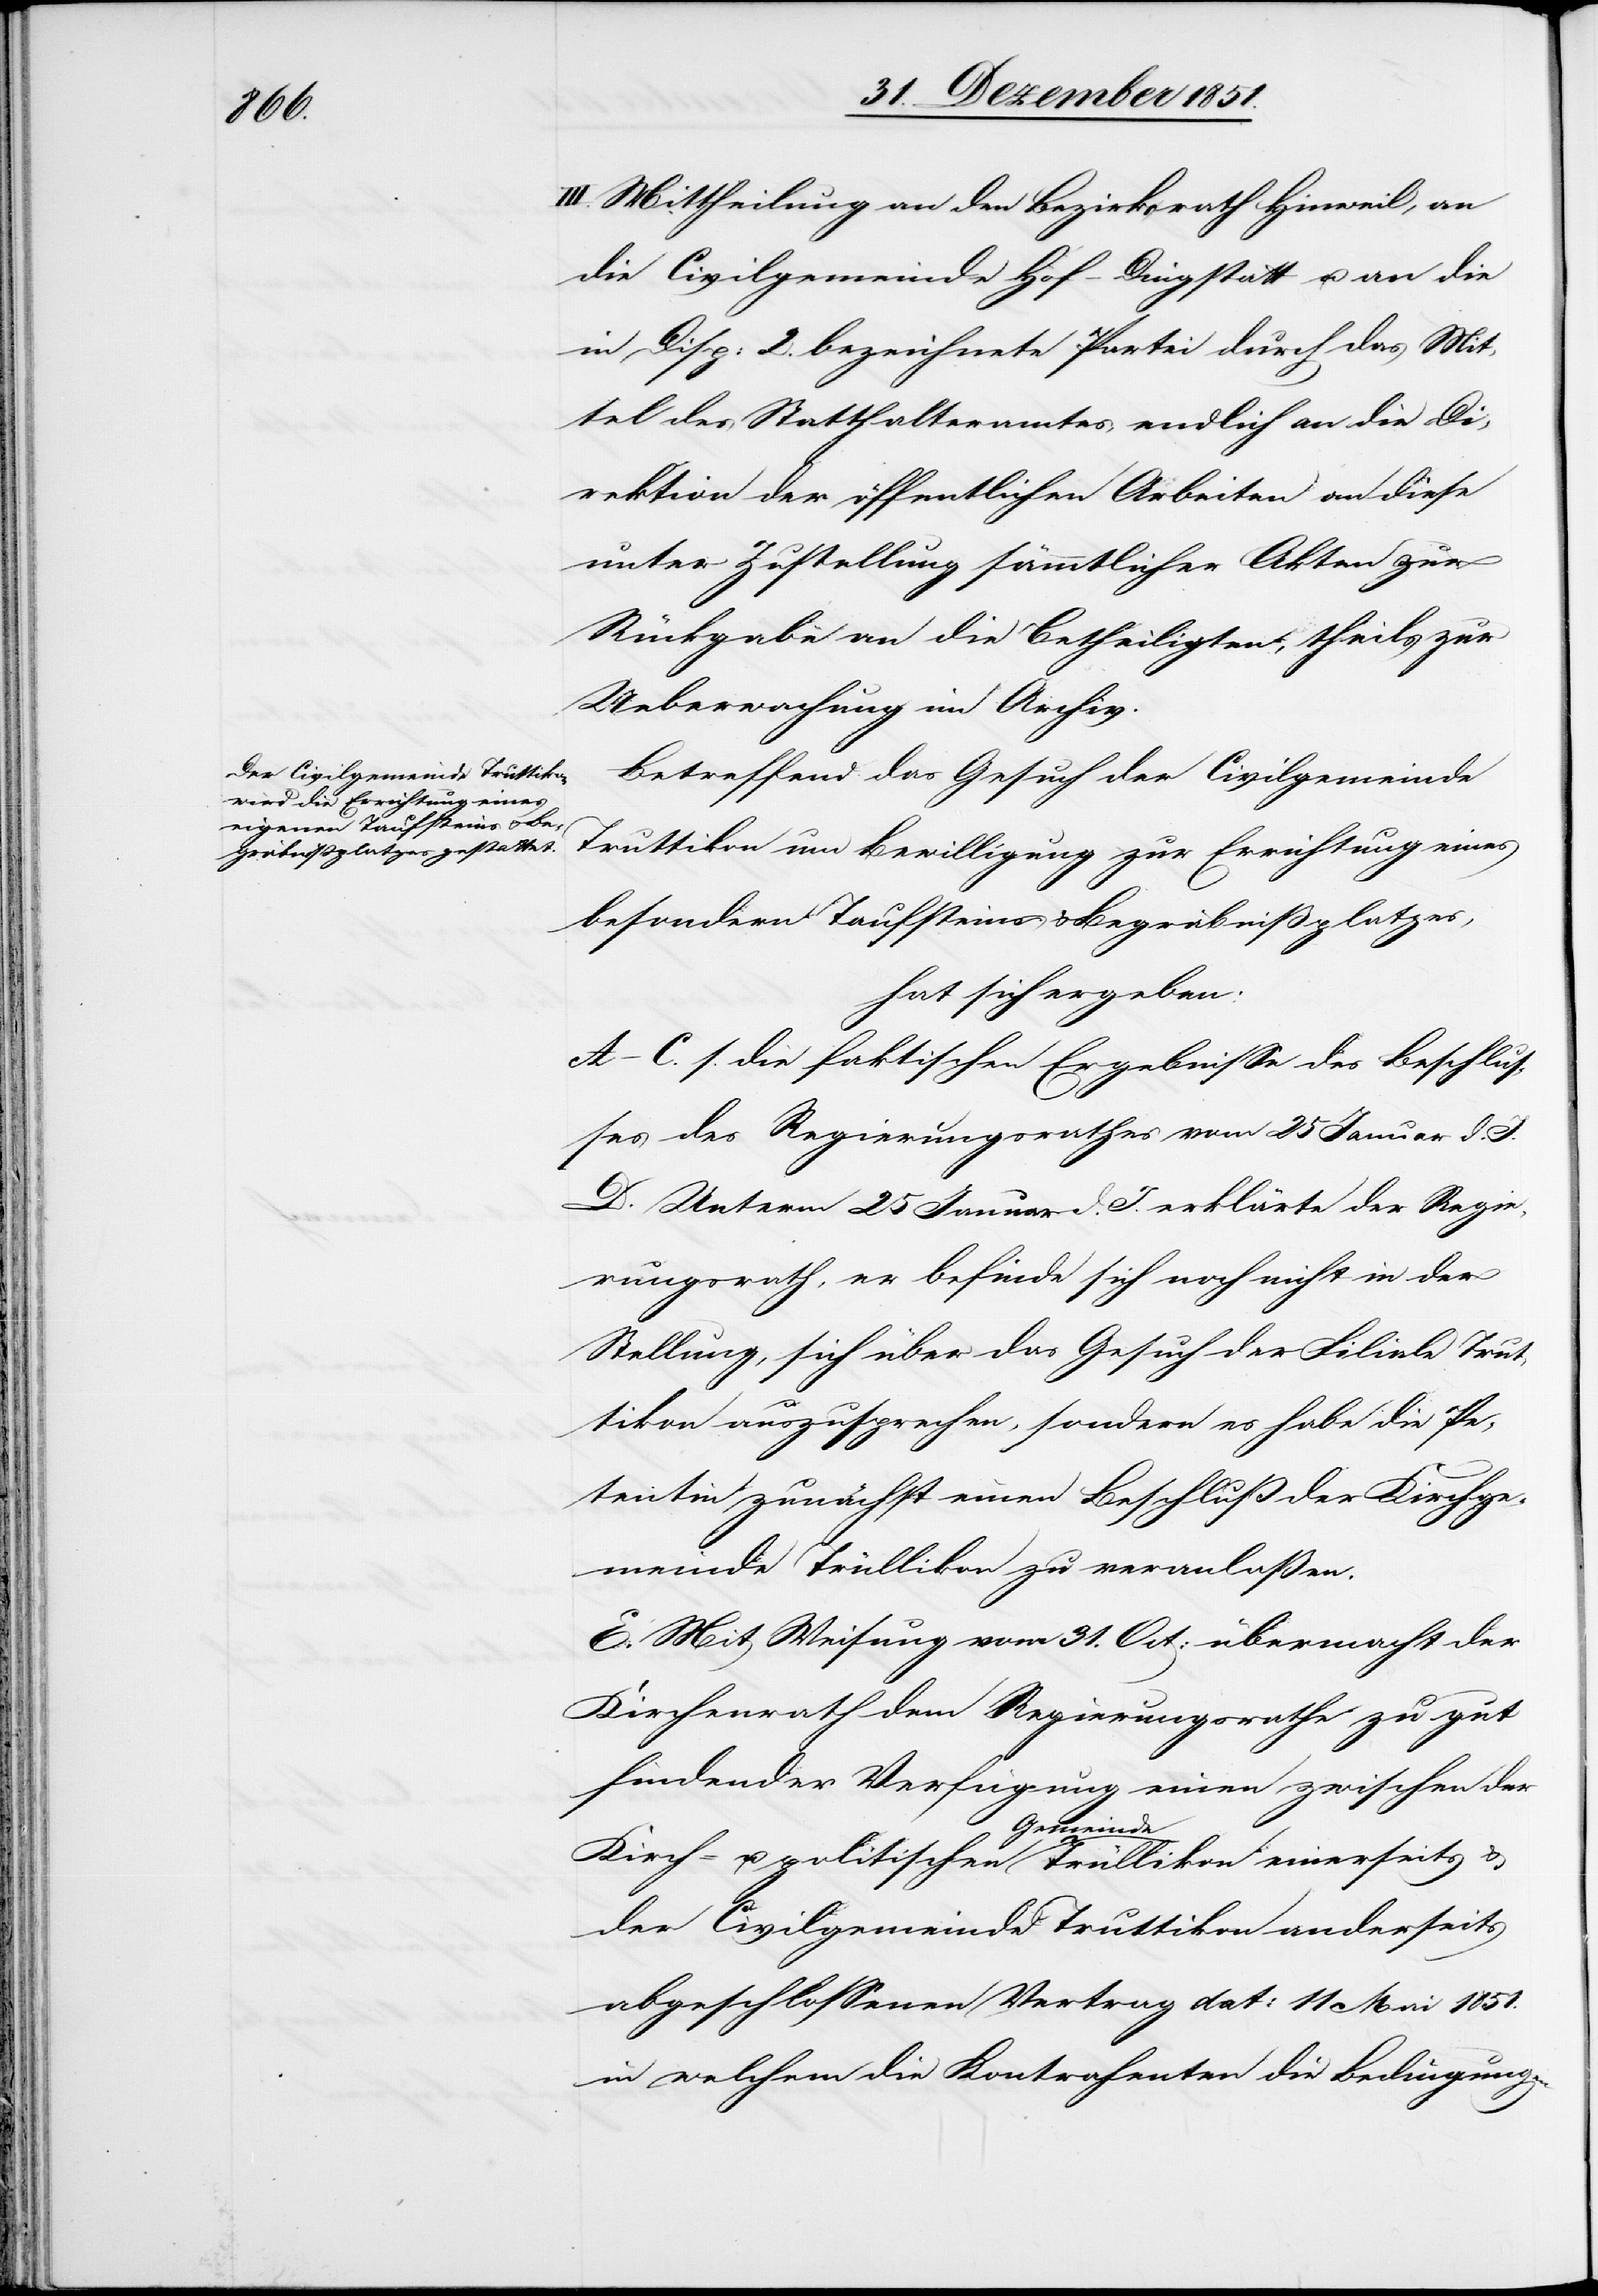
III. Mittheilung an den Bezirksrath Hinweil, an
die Civilgemeinde Hof-Dingstatt u. an die
in Disp: 2. bezeichnete Partei durch das Mit¬
tel des Statthalteramtes endlich an die Di¬
rektion der öffentlichen Arbeiten an diese
unter Zustellung sämmtlicher Akten zur
Rückgabe an die Betheiligten, theils zur
Ueberwachung im Archiv.
Betreffend das Gesuch der Civilgemeinde
Truttikon um Bewilligung zur Errichtung eines
besondern Taufsteins & Begräbnißplatzes,
hat sich ergeben:
A–C. s. die faktischen Ergebnisse des Beschlus¬
ses des Regierungsrathes vom 25 Januar d. J.
D. Unterm 25 Januar d. J. erklärte der Regie¬
rungsrath, er befinde sich noch nicht in der
Stellung, sich über das Gesuch der Filiale Trut¬
tikon auszusprechen, sondern es habe die Pe¬
tentin zunächst einen Beschluß der Kirchge¬
meinde Trüllikon zu veranlaßen.
E. Mit Weisung vom 31. Oct: übermacht der
Kirchenrath dem Regierungsrathe zu gut
findender Verfügung einen zwischen der
Kirch- u. politischen Gemeinde Trüllikon einerseits &
der Civilgemeinde Truttikon anderseits
abgeschlossenen Vertrag dat: 11 Mai 1851.
in welchem die Kontrahenten die Bedingungen